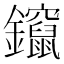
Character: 鑹